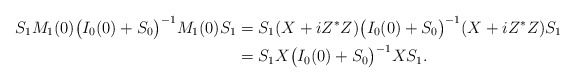
\begin{align*}S_1M_1(0)\big(I_0(0)+S_0\big)^{-1}M_1(0)S_1&=S_1(X+iZ^*Z)\big(I_0(0)+S_0\big)^{-1}(X+iZ^*Z)S_1\\&=S_1X\big(I_0(0)+S_0\big)^{-1}XS_1.\end{align*}